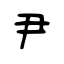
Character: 尹